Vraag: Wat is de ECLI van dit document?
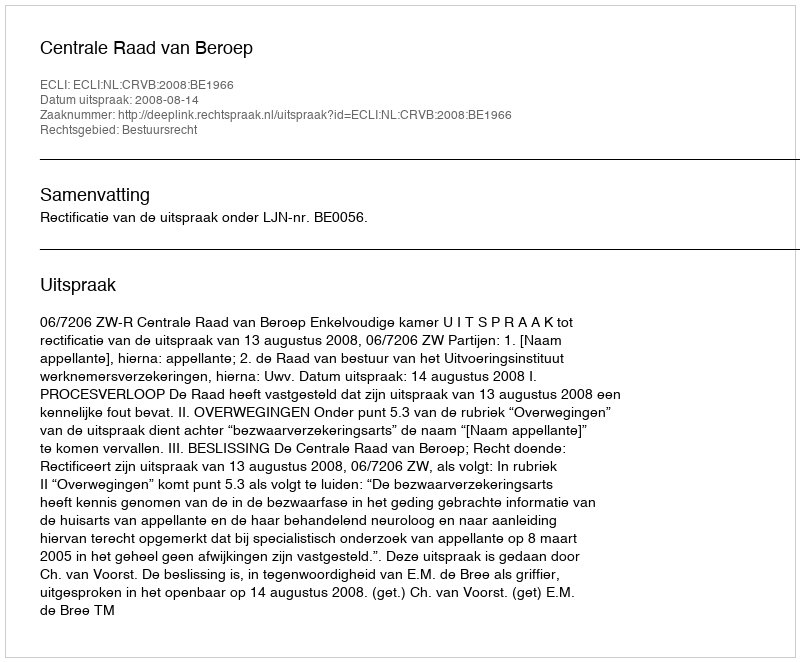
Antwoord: ECLI:NL:CRVB:2008:BE1966